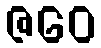
ဇဝေ